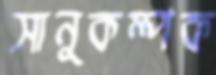
সানুকম্পক